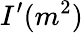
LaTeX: I^{\prime}(m^{2})